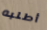
أطلبه